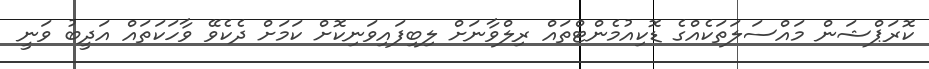
ކޮރަޕްޝަން މައްސަލަތަކެއްގެ ޑޮކިއުމެންޓްތައް ރިލްވާނަށް ލިބިފައިވަނިކޮށް ކަމަށް ދެކެވޭ ވާހަކަތައް އަދީބު ވަނީ